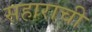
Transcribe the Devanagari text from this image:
सहाराची